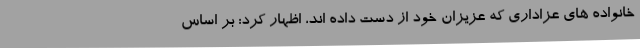
خانواده های عزاداری که عزیزان خود از دست داده اند، اظهار کرد: بر اساس